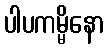
ပါပကမ္မိနော